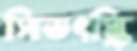
সিভৎস্কি